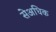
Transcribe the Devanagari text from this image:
सेअधिक